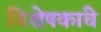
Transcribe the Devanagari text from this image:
विशेषकांचे